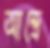
আন্দ্রে